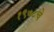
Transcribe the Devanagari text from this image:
१९७८चे